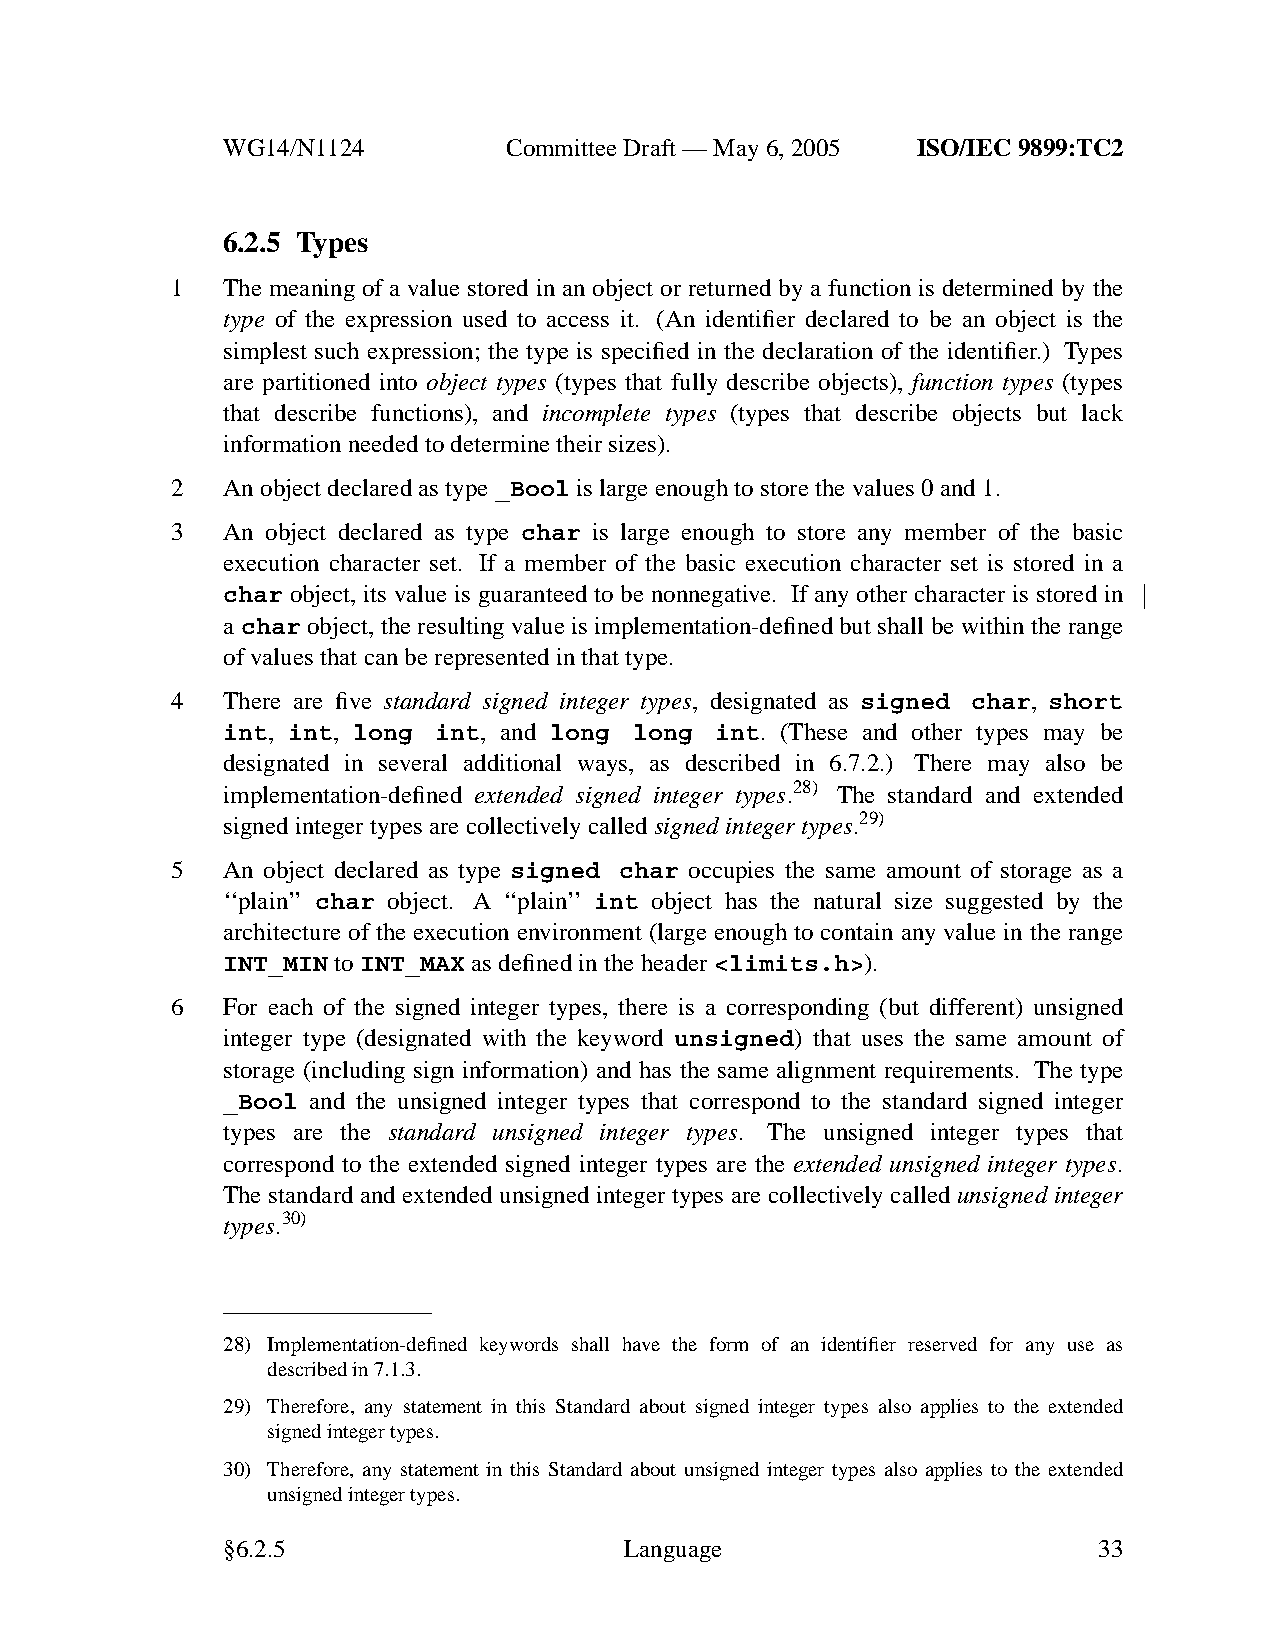
WG14/N1124        CommitteeDraft — May 6, 2005 ISO/IEC 9899:TC2
 6.2.5 Types
 1   The meaning of a value stored in an object or returned by a function is determined by the
 type of the expression used to access it. (An identifier declared to be an object is the
 simplest such expression; the type is specified in the declaration of the identifier.) Types
 are partitioned into object types (types that fully describe objects), function types (types
 that describe functions), and incomplete types (types that describe objects but lack
 information needed to determine their sizes).
 2   An object declared as type _Bool is large enough to store the values 0 and 1.
 3   An object declared as type char is large enough to store any member of the basic
 execution character set. If a member of the basic execution character set is stored in a
 char object, its value is guaranteed to be nonnegative. If any other character is stored in
 a char object, the resulting value is implementation-defined but shall be within the range
 of values that can be represented in that type.
 4   There are five standard signed integer types, designated as signed char, short
 int, int, long int, and long long int. (These and other types may be
 designated in several additional ways, as described in 6.7.2.) There may also be
 implementation-defined extended signed integer types.28) The standard and extended
 signed integer types are collectively called signed integertypes.29)
 5   An object declared as type signed char occupies the same amount of storage as a
 ‘‘plain’’ char object. A ‘‘plain’’ int object has the natural size suggested by the
 architecture of the execution environment (large enough to contain any value in the range
 INT_MIN toINT_MAX as defined in the header<limits.h>).
 6   For each of the signed integer types, there is a corresponding (but different) unsigned
 integer type (designated with the keyword unsigned) that uses the same amount of
 storage (including sign information) and has the same alignment requirements. The type
 _Bool and the unsigned integer types that correspond to the standard signed integer
 types are the standard unsigned integer types. The unsigned integer types that
 correspond to the extended signed integer types are the extended unsigned integer types.
 The standard and extended unsigned integer types are collectively called unsigned integer
 types.30)
 28) Implementation-defined keywords shall have the form of an identifier reserved for any use as
 described in 7.1.3.
 29) Therefore, any statement in this Standard about signed integer types also applies to the extended
 signed integer types.
 30) Therefore, any statement in this Standard about unsigned integer types also applies to the extended
 unsigned integer types.
 §6.2.5                    Language                        33